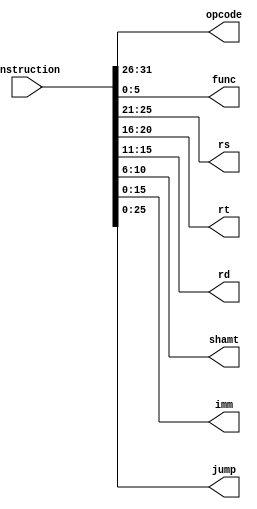
`timescale 1ns / 1ps
//////////////////////////////////////////////////////////////////////////////////
// Company: 
// Engineer: 
// 
// Design Name: 
// Module Name: Instruction_Decoder
// Project Name: 
// Target Devices: 
// Tool Versions: 
// Description: 
// 
// Dependencies: 
// 
// Revision:
// Revision 0.01 - File Created
// Additional Comments:
// 
//////////////////////////////////////////////////////////////////////////////////


module Instruction_Decoder(
    input [31:0] Instruction,
    output reg [5:0] opcode,
    output reg [5:0] func,
    output reg [4:0] rs,
    output reg [4:0] rt,
    output reg [4:0] rd,
    output reg [4:0] shamt,
    output reg [15:0] imm,
    output reg [25:0] jump
    );
    parameter lw = 6'b100011;
    
    always @(*) begin
        opcode = Instruction[31:26];
        func = Instruction[5:0];
        rs = Instruction[25:21];
        rt = Instruction[20:16];
        rd = Instruction[15:11];
        shamt = Instruction[11:6];
        imm = Instruction[15:0];
        jump = Instruction[25:0];
    end
endmodule